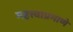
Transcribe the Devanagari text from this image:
महत्त्वाप्रमाणे